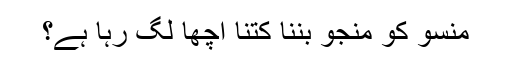
منسو کو منجو بننا کتنا اچھا لگ رہا ہے؟